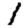
Digit: 1